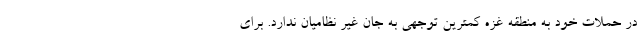
در حملات خود به منطقه غزه کمترین توجهی به جان غیر نظامیان ندارد. برای